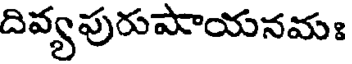
దివ్యపురుపాయనమః